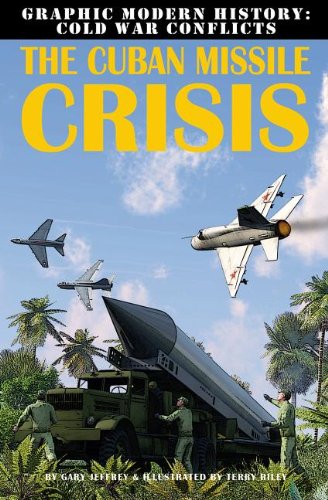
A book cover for The Cuban Missile Crisis (Graphic Modern History: Cold War Conflicts); Gary Jeffrey; Children's Books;